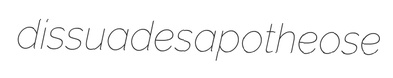
dissuades apotheose